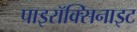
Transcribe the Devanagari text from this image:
पाइरॉक्सिनाइट